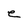
Character: e